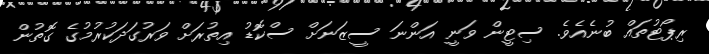
ރިޕޯޓުތައް ބުނެއެވެ. ސިޓީން ވަނީ އަންނަ ސީޒަނަށް ސްކޮޑު އިތުރަށް ވަރުގަދަކުރުމުގެ ގޮތުން